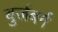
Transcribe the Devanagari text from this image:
बुर्जबर्ग